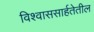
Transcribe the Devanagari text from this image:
विश्वाससार्हतेतील